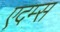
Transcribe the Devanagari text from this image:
एदम्स